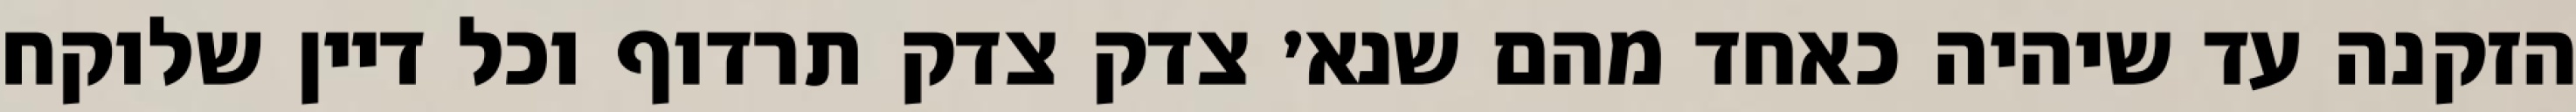
הזקנה עד שיהיה כאחד מהם שנא׳ צדק צדק תרדוף וכל דיין שלוקח